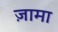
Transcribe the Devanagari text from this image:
ज़ामा